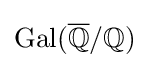
\operatorname {Gal} ({\overline {\mathbb {Q} }}/\mathbb {Q} )